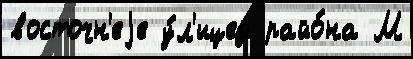
восточн'еjе у́л'ицей райо́на М